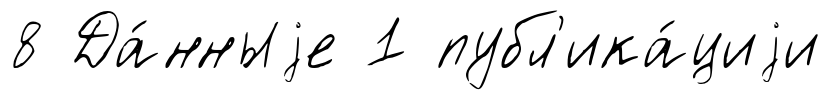
8 Да́нныjе 1 публ'ика́циjи